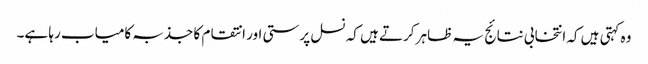
وہ کہتی ہیں کہ انتخابی نتائج یہ ظاہر کرتے ہیں کہ نسل پرستی اور انتقام کا جذبہ کامیاب رہا ہے۔